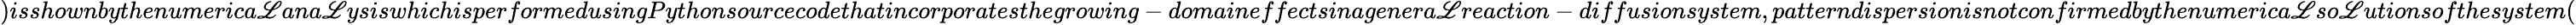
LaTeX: )isshownbythenumerica\mathscr{L}ana\mathscr{L}ysiswhichisperformedusingPythonsourcecodethatincorporatesthegrowing-domaineffectsinagenera\mathscr{L}reaction-diffusionsystem,patterndispersionisnotconfirmedbythenumerica\mathscr{L}so\mathscr{L}utionsofthesystem(